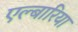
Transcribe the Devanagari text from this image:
एल्बारिया